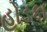
હોડકા